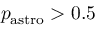
p _ { \mathrm { { a s t r o } } } > 0 . 5